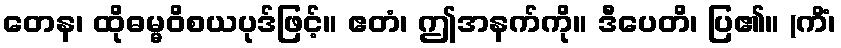
တေန၊ ထိုဓမ္မဝိစယပုဒ်ဖြင့်။ ဧတံ၊ ဤအနက်ကို။ ဒီပေတိ၊ ပြ၏။ (ကိံ၊